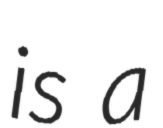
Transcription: is a